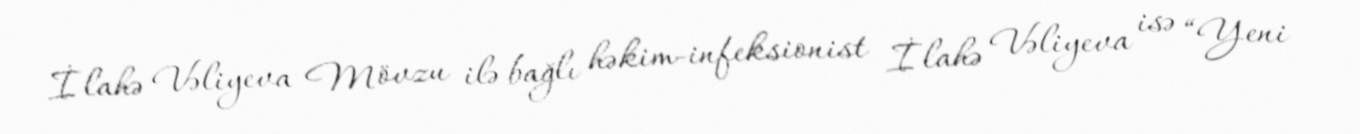
İlahə Vəliyeva Mövzu ilə bağlı həkim-infeksionist İlahə Vəliyeva isə “Yeni